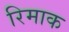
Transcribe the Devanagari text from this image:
रिमाक